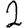
Digit: 2